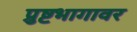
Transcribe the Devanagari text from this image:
प्रुष्टभागावर